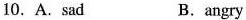
10.A.Sad B.angry